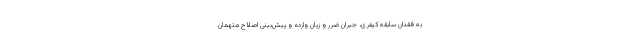
به فقدان سابقه کیفری، جبران ضرر و زیان وارده و پیش‌بینی اصلاح متهمان